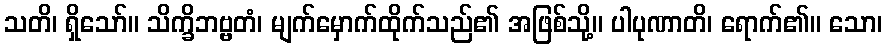
သတိ၊ ရှိသော်။ သိက္ခိဘဗ္ဗတံ၊ မျက်မှောက်ထိုက်သည်၏ အဖြစ်သို့။ ပါပုဏာတိ၊ ရောက်၏။ သော၊